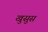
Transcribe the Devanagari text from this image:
खुसुस